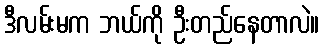
ဒီလမ်းမက ဘယ်ကို ဦးတည်နေတာလဲ။